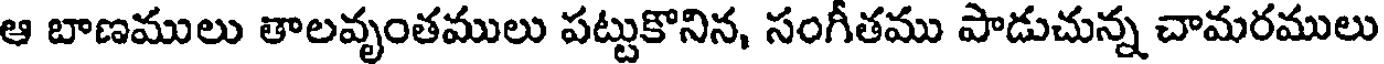
ఆ బాణములు తాలవృంతములు పట్టుకొనిన, సంగీతము పాడుచున్న చామరములు